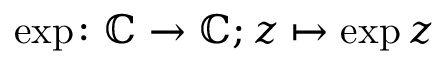
\exp \colon \mathbb { C } \to \mathbb { C } ; z \mapsto \exp z